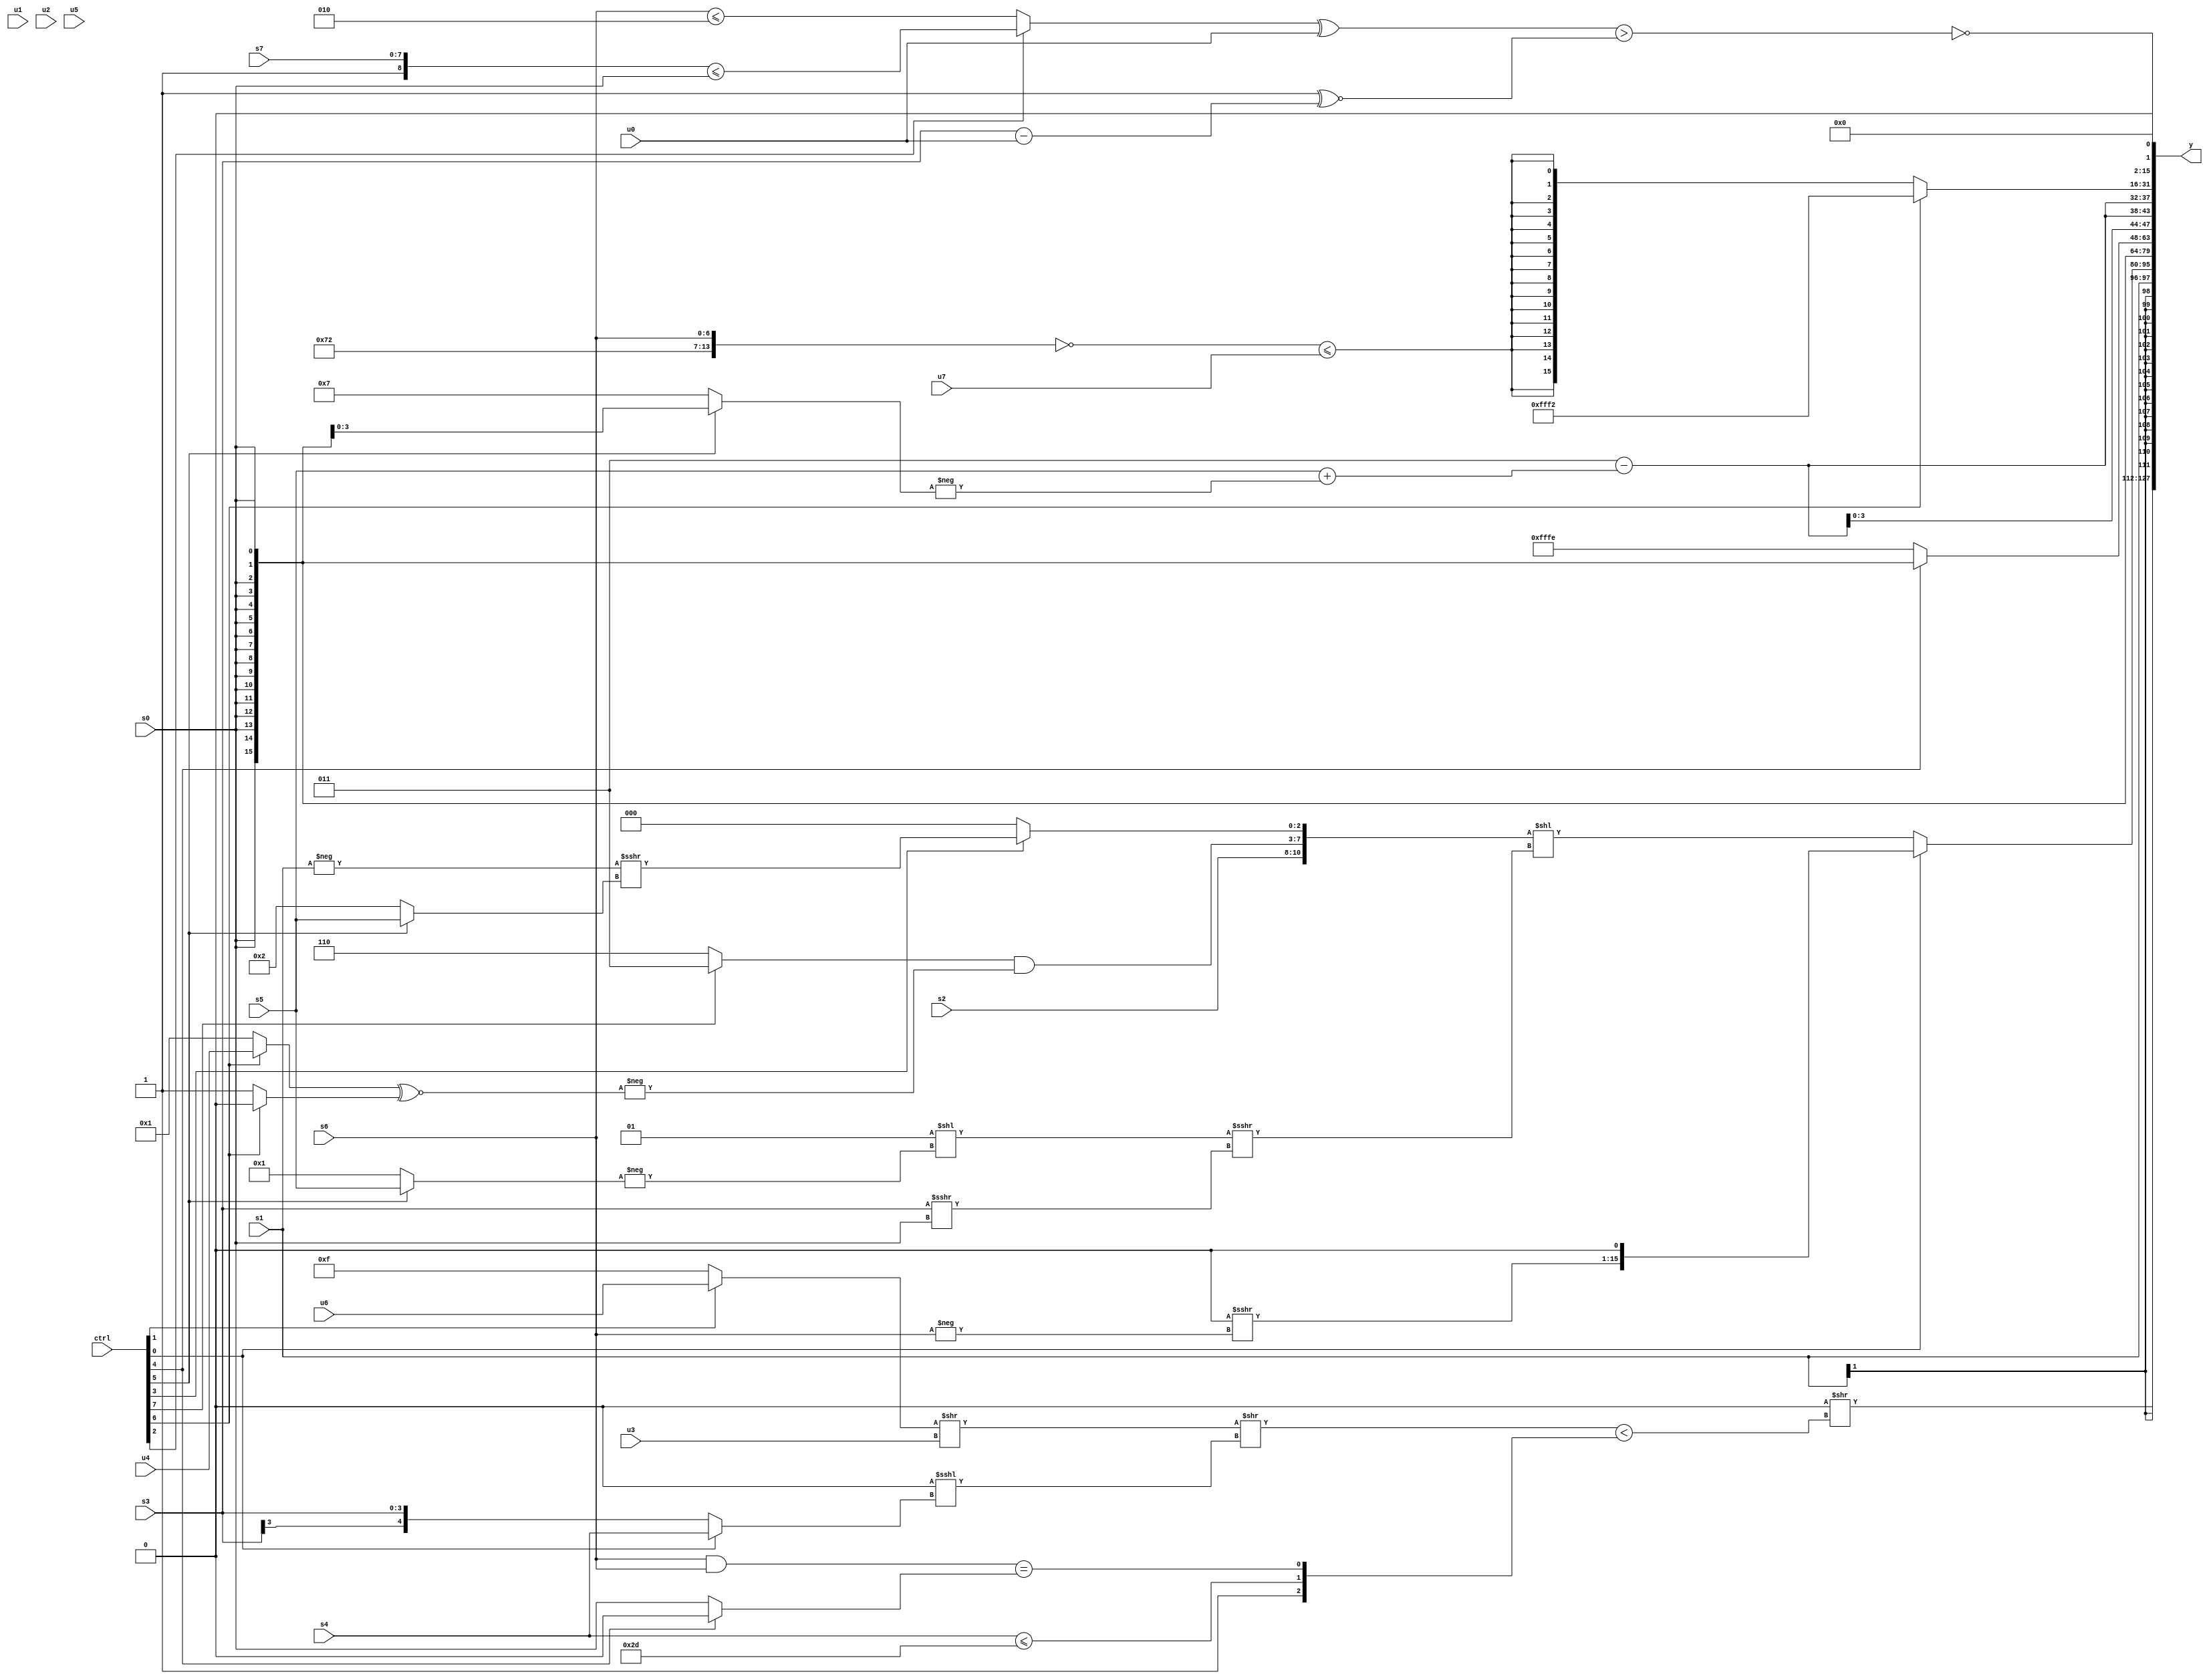
module wideexpr_00824(ctrl, u0, u1, u2, u3, u4, u5, u6, u7, s0, s1, s2, s3, s4, s5, s6, s7, y);
  input [7:0] ctrl;
  input [0:0] u0;
  input [1:0] u1;
  input [2:0] u2;
  input [3:0] u3;
  input [4:0] u4;
  input [5:0] u5;
  input [6:0] u6;
  input [7:0] u7;
  input signed [0:0] s0;
  input signed [1:0] s1;
  input signed [2:0] s2;
  input signed [3:0] s3;
  input signed [4:0] s4;
  input signed [5:0] s5;
  input signed [6:0] s6;
  input signed [7:0] s7;
  output [127:0] y;
  wire [15:0] y0;
  wire [15:0] y1;
  wire [15:0] y2;
  wire [15:0] y3;
  wire [15:0] y4;
  wire [15:0] y5;
  wire [15:0] y6;
  wire [15:0] y7;
  assign y = {y0,y1,y2,y3,y4,y5,y6,y7};
  assign y0 = (2'sb00)>>(((((ctrl[1]?u6:5'b01111))>>(u3))>>((3'sb000)<<<((ctrl[0]?s4:s3))))<({((s0)>>>(4'sb0110))|(+(1'b1)),($signed(s4))<=(6'sb101101),((s6)&(s6))==((ctrl[4]?1'sb0:s0))}));
  assign y1 = s1;
  assign y2 = (ctrl[0]?(($unsigned((s4)<<($signed({1{3'sb101}}))))>>>($unsigned($signed(-($unsigned(s6))))))<<(3'sb001):({$signed(s2),(($signed((ctrl[7]?4'sb0011:4'sb0110)))>>>(&(6'b100001)))&(-(((ctrl[6]?u4:1'b1))^~((ctrl[6]?1'b0:3'b001)))),{1{(ctrl[3]?(-(s1))>>>((ctrl[5]?s5:3'sb010)):3'sb000)}}})<<(((2'sb01)<<(-((ctrl[5]?$unsigned(s5):$unsigned(1'sb1)))))>>>((s3)>>>(s0))));
  assign y3 = s0;
  assign y4 = (ctrl[4]?$signed(s0):$signed($signed(3'b110)));
  assign y5 = {4{$unsigned((3'sb011)-((s5)+(-($signed((ctrl[5]?s0:4'sb0111))))))}};
  assign y6 = (ctrl[6]?5'sb10010:$signed($signed($signed((~({3'b111,4'b0010,s6}))<=({1'sb0,u7})))));
  assign y7 = (~|((((ctrl[2]?({1'sb1,s7})<=(s0):(s6)<=((3'sb100)^(2'sb10))))^(u0))>((~|(1'sb0))^~({$unsigned((s3)-(u0))}))))<<(1'sb1);
endmodule